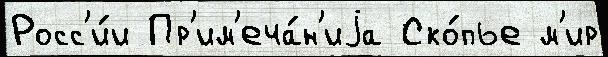
Росс'и́и Пр'им'еча́н'иjа Ско́пье м'ир